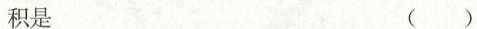
积是 ()